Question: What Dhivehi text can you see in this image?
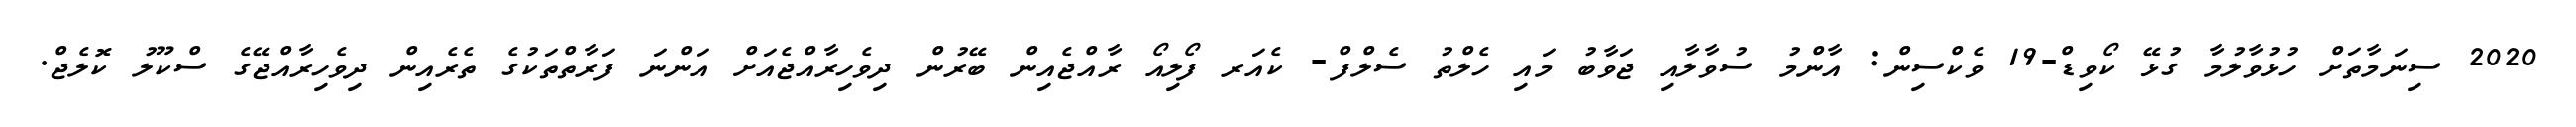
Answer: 2020 ސިނަމާތަށް ހުޅުވާލުމާ ގުޅޭ ކޯވިޑް-19 ވެކްސިން: އާންމު ސުވާލާއި ޖަވާބު މައި ހެލްތު ސެލްފް- ކެއަރ ފޯލިއޯ ރާއްޖެއިން ބޭރުން ދިވެހިރާއްޖެއަށް އަންނަ ފަރާތްތަކުގެ ތެރެއިން ދިވެހިރާއްޖޭގެ ސްކޫލު ކޮލެޖް.